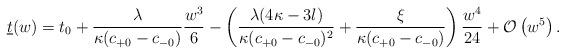
LaTeX: \begin{align*} \underline{t}(w)=t_0+\frac{\lambda}{\kappa(c_{+0}-c_{-0})}\frac{w^3}{6}-\left(\frac{\lambda(4\kappa-3l)}{\kappa(c_{+0}-c_{-0})^2}+\frac{\xi}{\kappa(c_{+0}-c_{-0})}\right)\frac{w^4}{24}+\mathcal{O}\left(w^5\right).\end{align*}